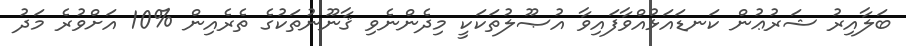
ބަލާއިރު ޝަރުޢުން ކަނޑައަޅުއްވާފައިވާ އުޞޫލުތަކަކީ މިދެންނެވި ޤާނޫނުތަކުގެ ތެރެއިން %10 އަށްވުރެ މަދު